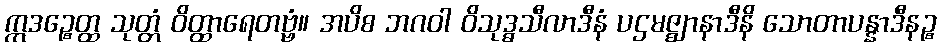
ဣဒဉ္စေတ္ထ သုတ္တံ ဝိတ္ထာရေတဗ္ဗံ။ အပိစ ဘဂဝါ ဝိသုဒ္ဓသီလာဒီနံ ပဌမဇ္ဈာနာဒီနိ သောတာပန္နာဒီနဉ္စ